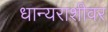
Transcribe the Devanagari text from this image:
धान्यराशीवर